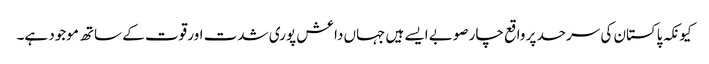
کیونکہ پاکستان کی سرحد پر واقع چار صوبے ایسے ہیں جہاں داعش پوری شدت اور قوت کے ساتھ موجود ہے۔